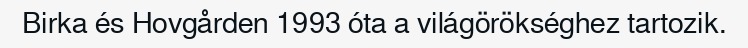
Birka és Hovgården 1993 óta a világörökséghez tartozik.